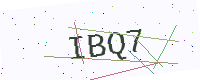
Text: IBQ7